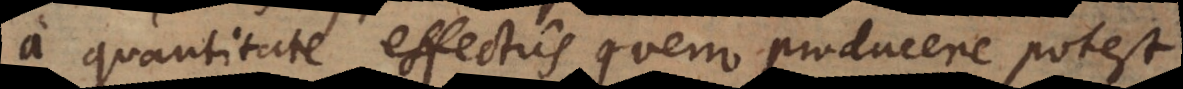
a quantitate effectus, quem producere potest,